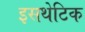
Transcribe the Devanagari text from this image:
इसथेटिक